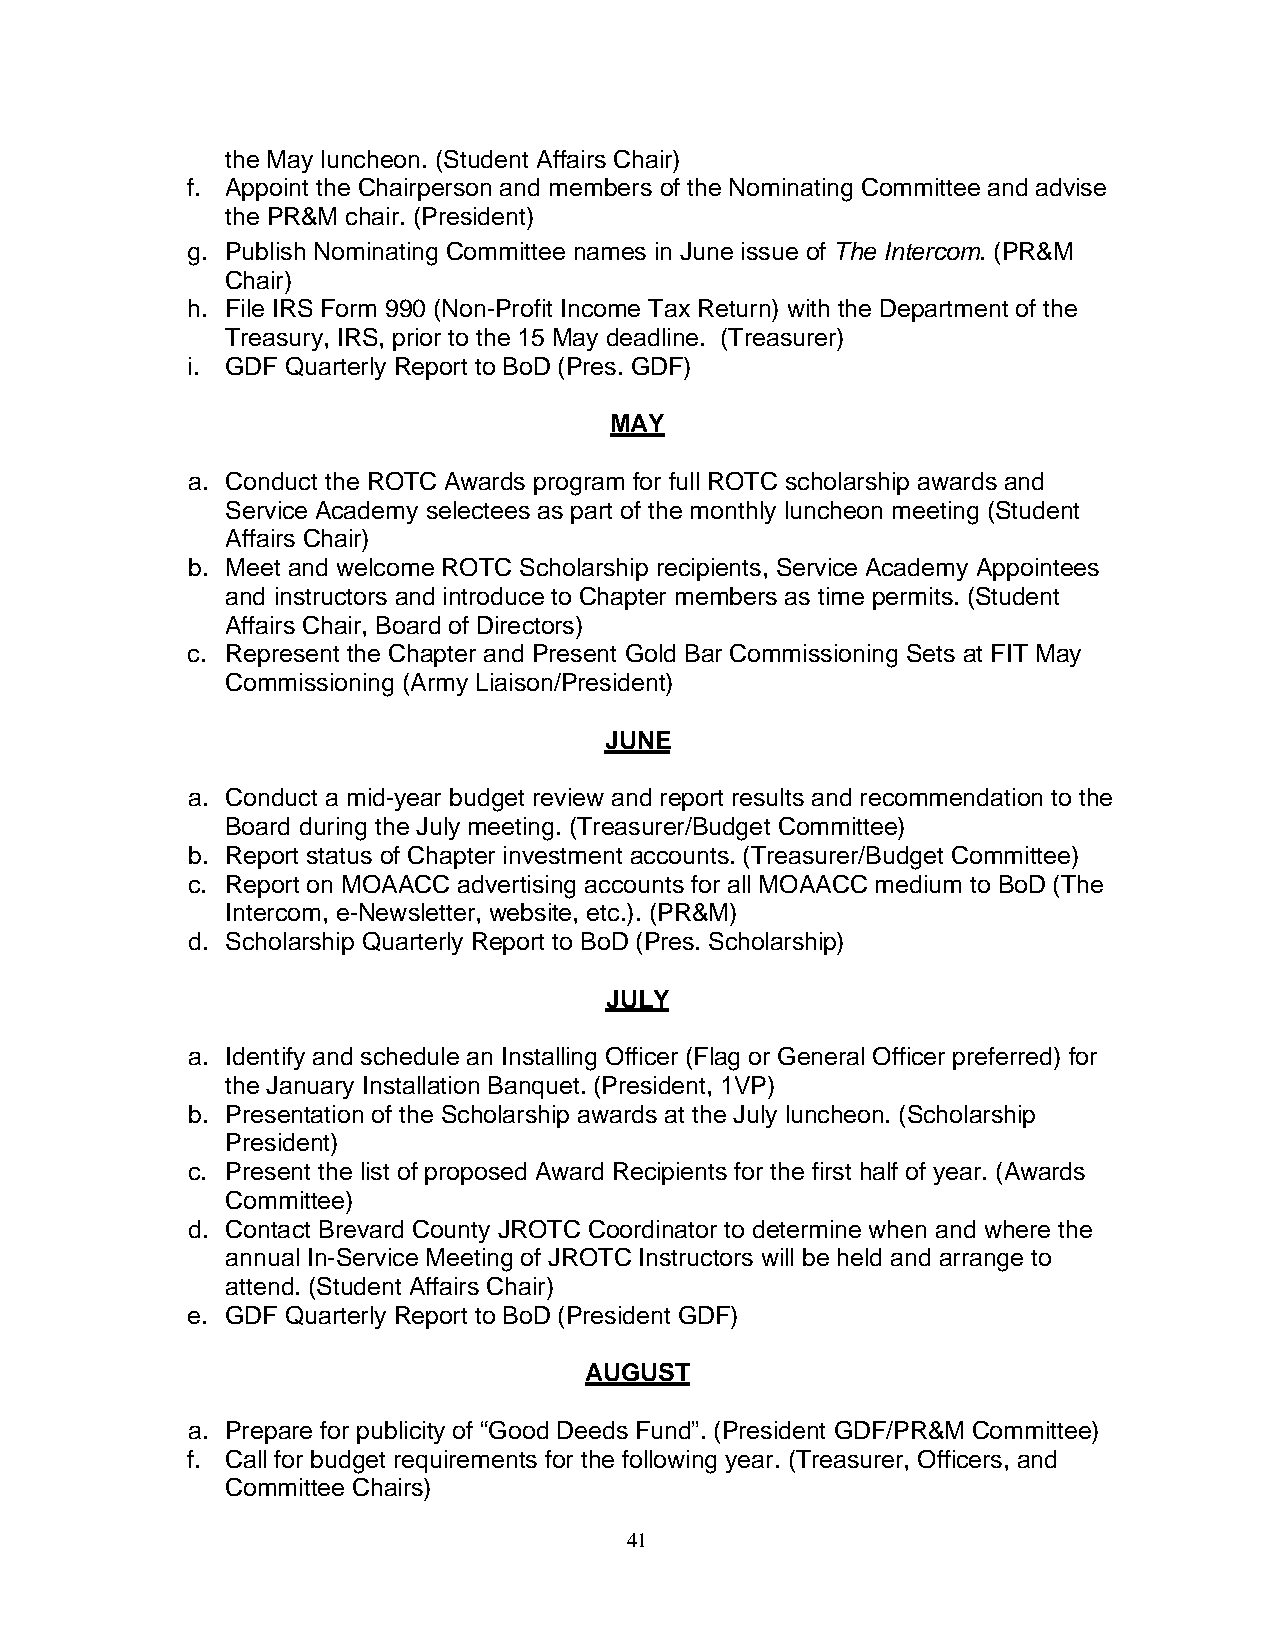
the May luncheon. (Student Affairs Chair)
 f. Appoint the Chairperson and members of the Nominating Committee and advise
 the PR&M chair. (President)
 g. Publish Nominating Committee names in June issue of The Intercom. (PR&M
 Chair)
 h. File IRS Form 990 (Non-Profit Income Tax Return) with the Department of the
 Treasury, IRS, prior to the 15 May deadline. (Treasurer)
 i. GDF Quarterly Report to BoD (Pres. GDF)
 MAY
 a. Conduct the ROTC Awards program for full ROTC scholarship awards and
 Service Academy selectees as part of the monthly luncheon meeting (Student
 Affairs Chair)
 b. Meet and welcome ROTC Scholarship recipients, Service Academy Appointees
 and instructors and introduce to Chapter members as time permits. (Student
 Affairs Chair, Board of Directors)
 c. Represent the Chapter and Present Gold Bar Commissioning Sets at FIT May
 Commissioning (Army Liaison/President)
 JUNE
 a. Conduct a mid-year budget review and report results and recommendation to the
 Board during the July meeting. (Treasurer/Budget Committee)
 b. Report status of Chapter investment accounts. (Treasurer/Budget Committee)
 c. Report on MOAACC advertising accounts for all MOAACC medium to BoD (The
 Intercom, e-Newsletter, website, etc.). (PR&M)
 d. Scholarship Quarterly Report to BoD (Pres. Scholarship)
 JULY
 a. Identify and schedule an Installing Officer (Flag or General Officer preferred) for
 the January Installation Banquet. (President, 1VP)
 b. Presentation of the Scholarship awards at the July luncheon. (Scholarship
 President)
 c. Present the list of proposed Award Recipients for the first half of year. (Awards
 Committee)
 d. Contact Brevard County JROTC Coordinator to determine when and where the
 annual In-Service Meeting of JROTC Instructors will be held and arrange to
 attend. (Student Affairs Chair)
 e. GDF Quarterly Report to BoD (President GDF)
 AUGUST
 a. Prepare for publicity of “Good Deeds Fund”. (President GDF/PR&M Committee)
 f. Call for budget requirements for the following year. (Treasurer, Officers, and
 Committee Chairs)
 41